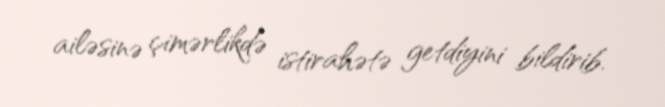
ailəsinə çimərlikdə istirahətə getdiyini bildirib.